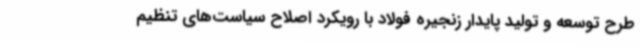
طرح توسعه و تولید پایدار زنجیره فولاد با رویکرد اصلاح سیاست‌های تنظیم